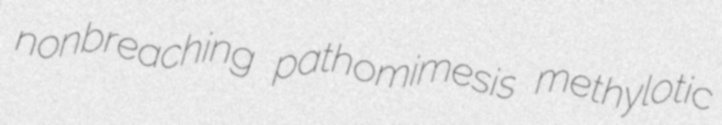
nonbreaching pathomimesis methylotic